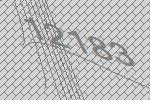
12183